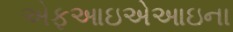
એફઆઇએઆઇના